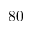
8 0